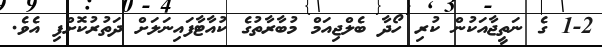
1-2 ގެ ނަތީޖާއަކުން ކުރި ހޯދާ ބެލްޖިއަމް މުބާރާތުގެ ކުއާޓާފައިނަލަށް ދަތުރުކޮށްފި އެވެ.